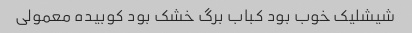
شیشلیک خوب بود کباب برگ خشک بود کوبیده معمولی